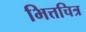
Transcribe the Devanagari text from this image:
भित्तचित्र